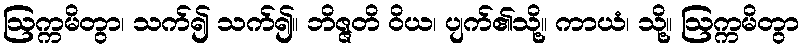
ဩက္ကမိတွာ၊ သက်၍ သက်၍။ ဘိဇ္ဇတိ ဝိယ၊ ပျက်၏သို့။ ကာယံ၊ သို့။ ဩက္ကမိတွာ